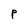
Character: P